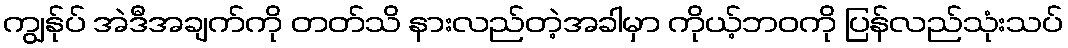
ကျွန်ုပ် အဲဒီအချက်ကို တတ်သိ နားလည်တဲ့အခါမှာ ကိုယ့်ဘဝကို ပြန်လည်သုံးသပ်